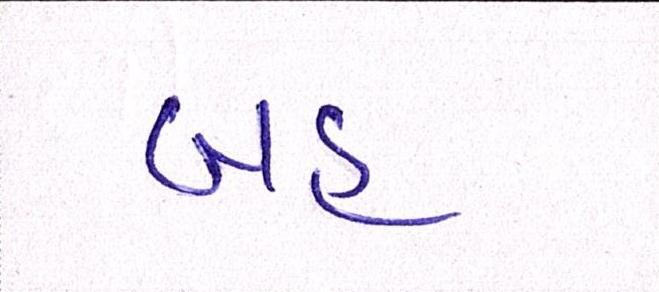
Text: બહ